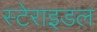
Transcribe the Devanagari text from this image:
स्टेराइडल